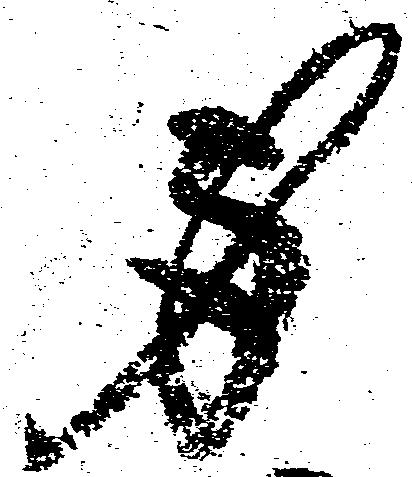
身